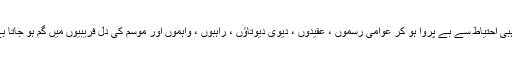
مذہبی احتیاط سے بے پروا ہو کر عوامی رسموں ، عقیدوں ، دیوی دیوتاؤں ، راہبوں ، واہموں اور موسم کی دل فریبیوں میں گم ہو جاتا ہے۔